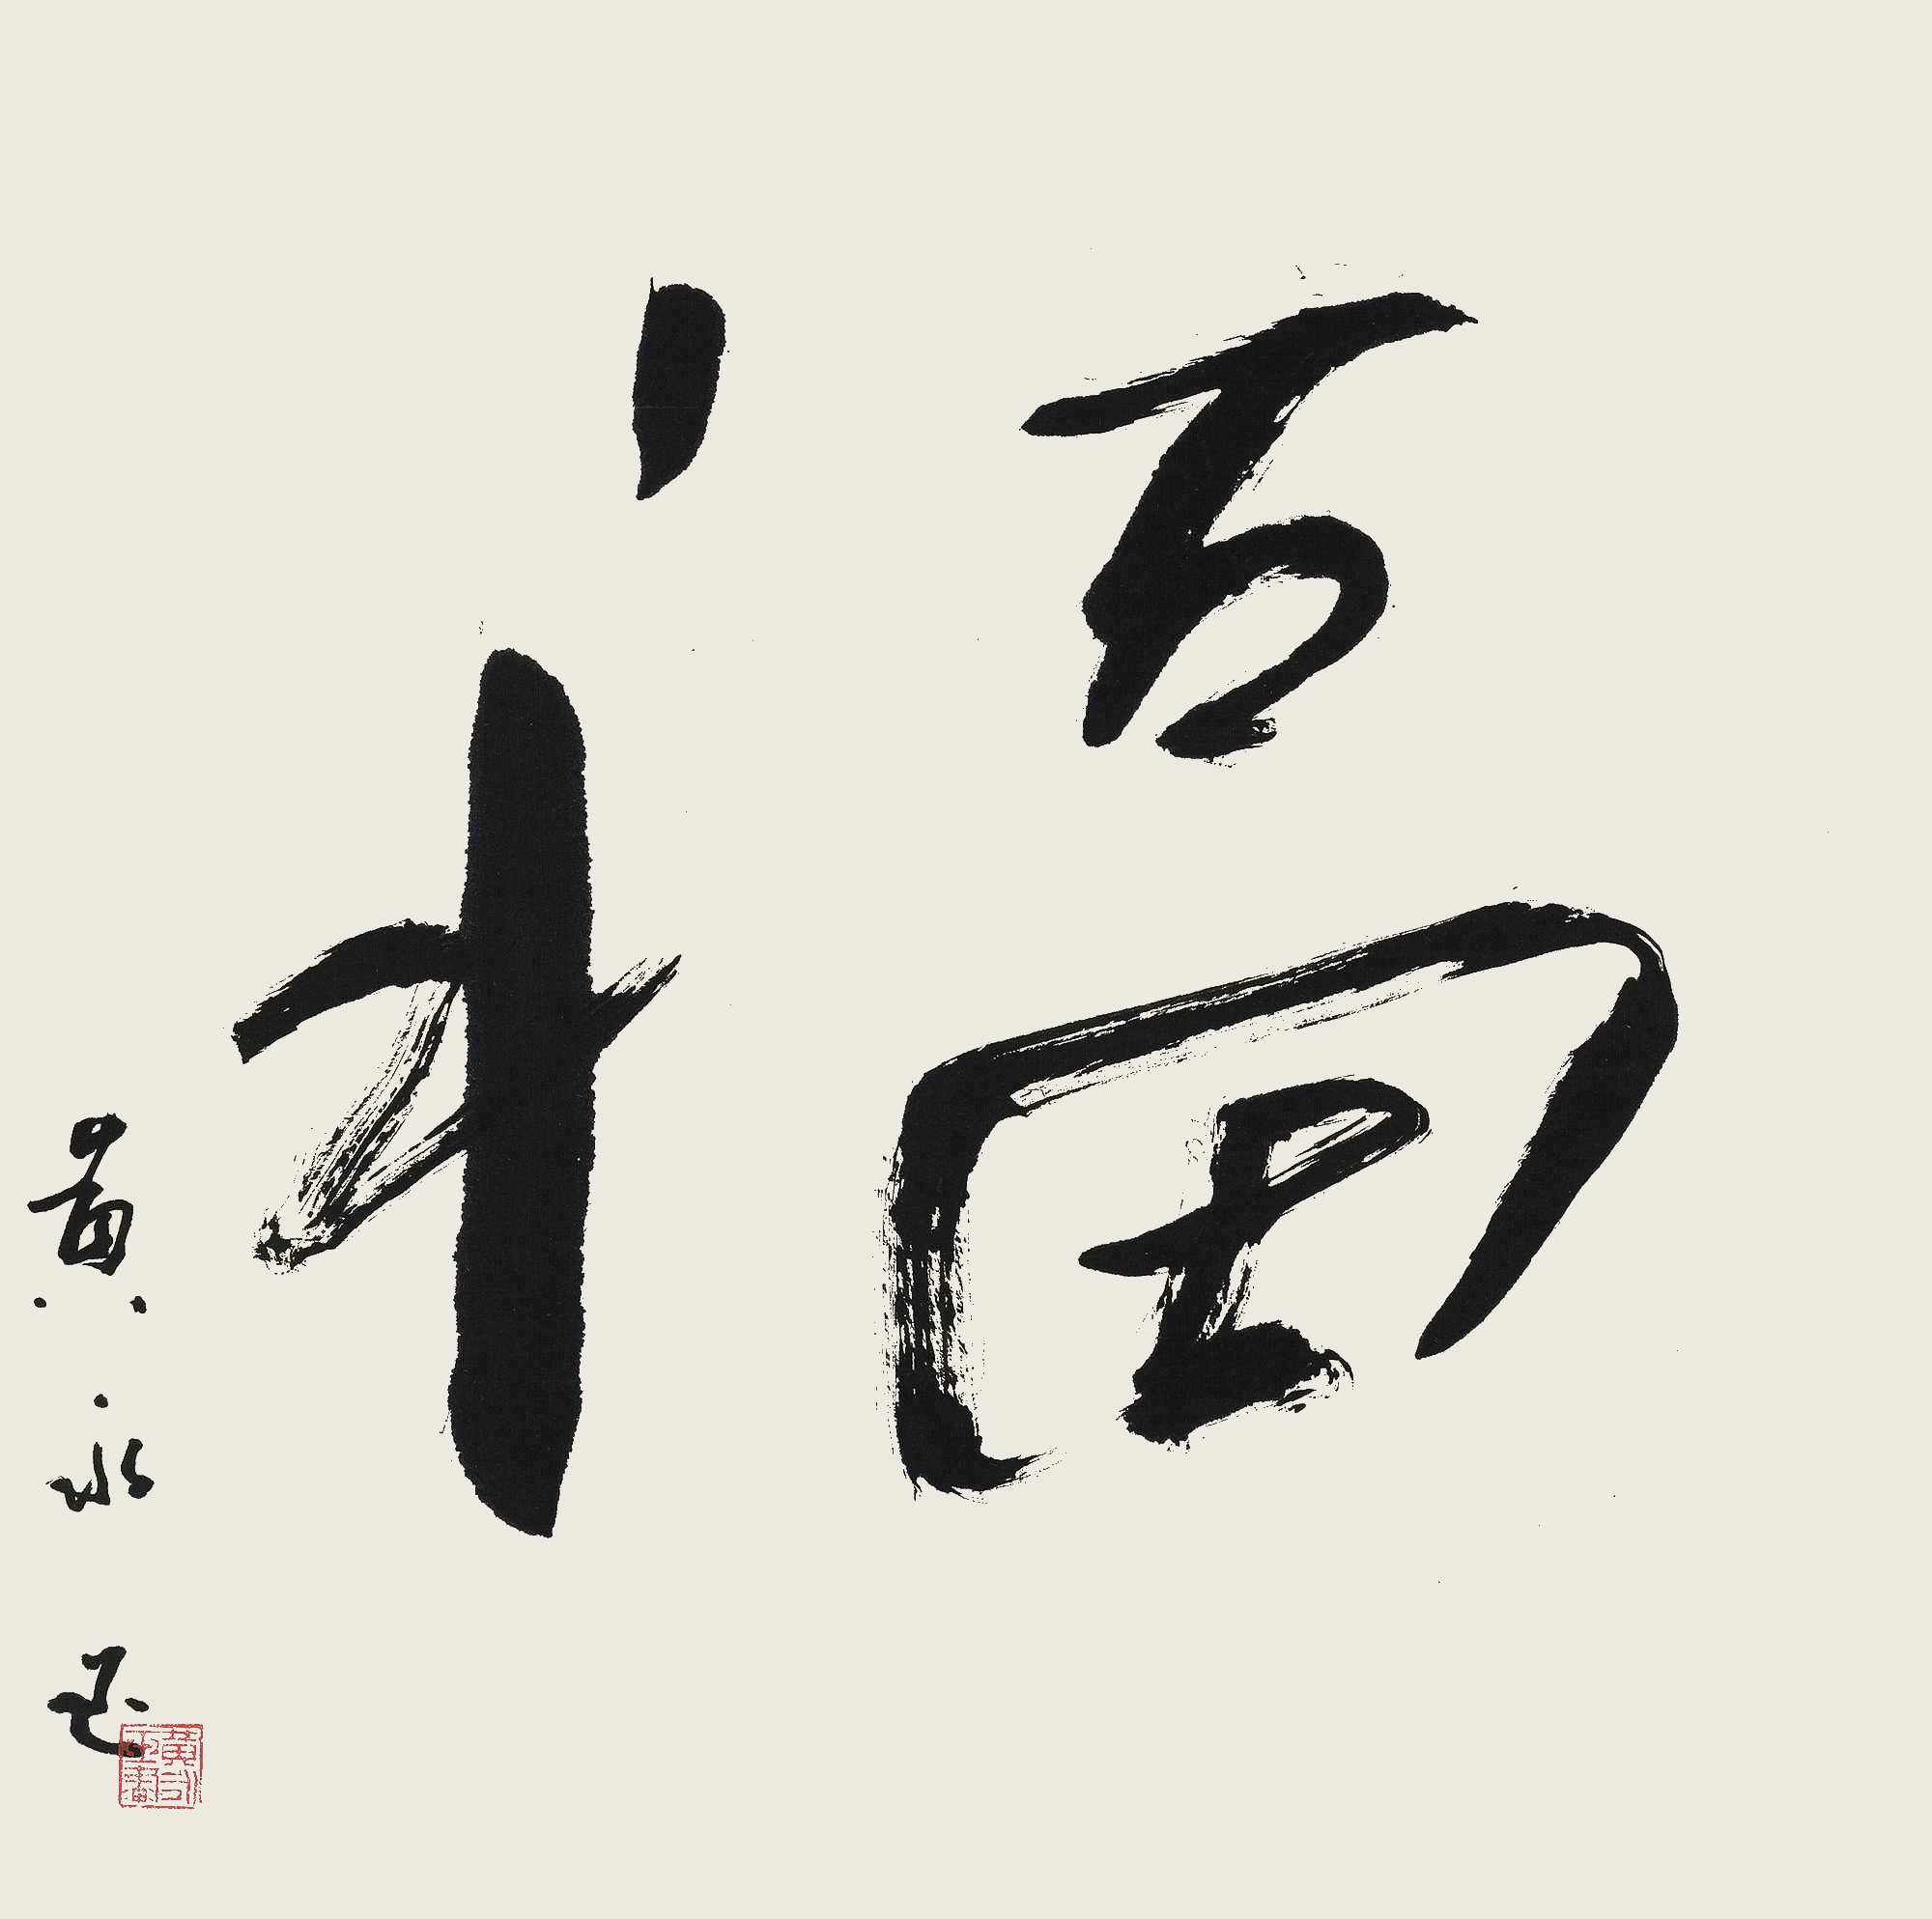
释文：福黄永玉